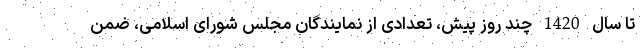
تا سال 1420 چند روز پیش، تعدادی از نمایندگان مجلس شورای اسلامی، ضمن